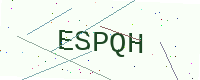
Text: ESPQH